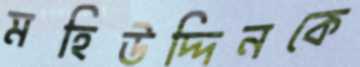
মহিউদ্দিনকে